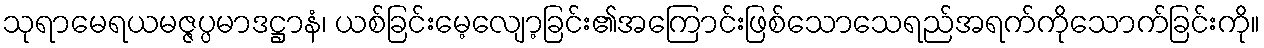
သုရာမေရယမဇ္ဇပ္ပမာဒဋ္ဌာနံ၊ ယစ်ခြင်းမေ့လျော့ခြင်း၏အကြောင်းဖြစ်သောသေရည်အရက်ကိုသောက်ခြင်းကို။